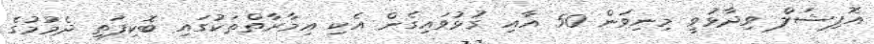
އޮފިޝަލް ވިދާޅުވީ މިނިވަން 50 އާއި ގުޅުވައިގެން އެކި އިމާރާތްތަކުގައި ބޮކިފަތި ދެމުމުގެ